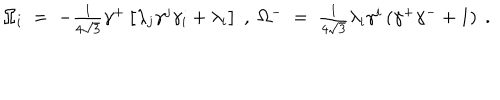
\Omega _ { i } \; = \; - \textstyle { \frac { 1 } { 4 \sqrt { 3 } } } \gamma ^ { + } \left[ \lambda _ { j } \gamma ^ { j } \gamma _ { i } + \lambda _ { i } \right] \; , \; \Omega ^ { - } \; = \; \textstyle { \frac { 1 } { 4 \sqrt { 3 } } } \lambda _ { i } \gamma ^ { i } \left( \gamma ^ { + } \gamma ^ { - } + 1 \right) \; .